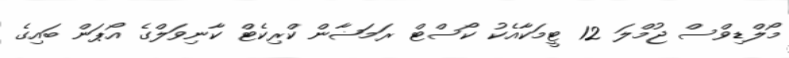
މޯލްޑިވްސް ޖުމްލަ 12 ޓީމަކާއެކު ކޯސްޓް ރަމަޟާން ކްރިކެޓް ކާނިވަލްގެ އޯޕަން ބައިގެ